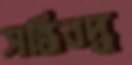
সন্ধিবদ্ধ